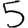
Digit: 5